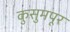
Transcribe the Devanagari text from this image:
कुसुमपूर